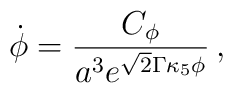
\dot\phi = {C_\phi \over a^3 e^{\sqrt{2}\Gamma \kappa_5 \phi}} \,,